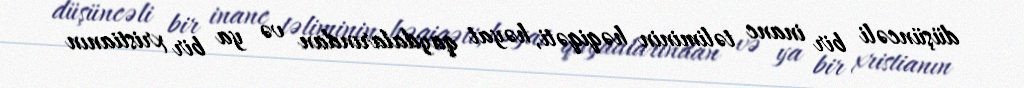
düşüncəli bir inanc təliminin həqiqəti, həyat qaydalarından və ya bir xristianın